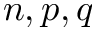
n , p , q